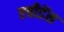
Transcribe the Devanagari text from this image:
एवीडेंस